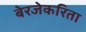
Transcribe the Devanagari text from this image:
बेरजेकरिता